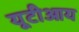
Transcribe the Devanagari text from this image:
यूटीआय